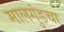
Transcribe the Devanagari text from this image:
मालगुंडचा